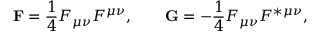
{ \bf F } = \frac { 1 } { 4 } F \sb { \mu \nu } F \sp { \mu \nu } , \qquad { \bf G } = - \frac { 1 } { 4 } F \sb { \mu \nu } F \sp { \ast \mu \nu } ,